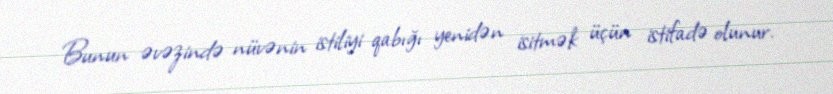
Bunun əvəzində nüvənin istiliyi qabığı yenidən isitmək üçün istifadə olunur.